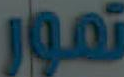
تمور